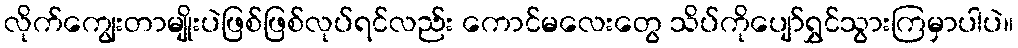
လိုက်ကျွေးတာမျိုးပဲဖြစ်ဖြစ်လုပ်ရင်လည်း ကောင်မလေးတွေ သိပ်ကိုပျော်ရွှင်သွားကြမှာပါပဲ။